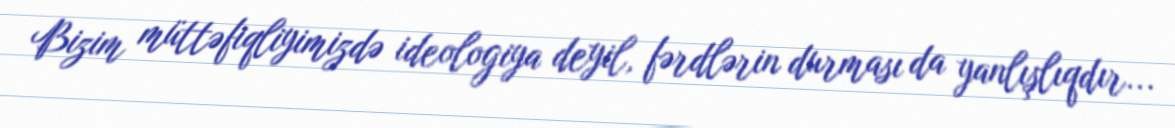
Bizim müttəfiqliyimizdə ideologiya deyil, fərdlərin durması da yanlışlıqdır...